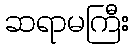
ဆရာမကြီး